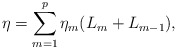
\begin{align*}\eta=\sum_{m=1}^p \eta_m(L_m+L_{m-1}),\end{align*}